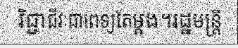
វិជ្ជាជីវៈជាពេទ្យតែម្តង។រដ្ឋមន្ត្រី